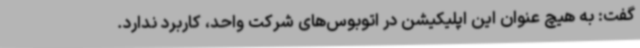
گفت: به هیچ عنوان این اپلیکیشن در اتوبوس‌های شرکت واحد، کاربرد ندارد.